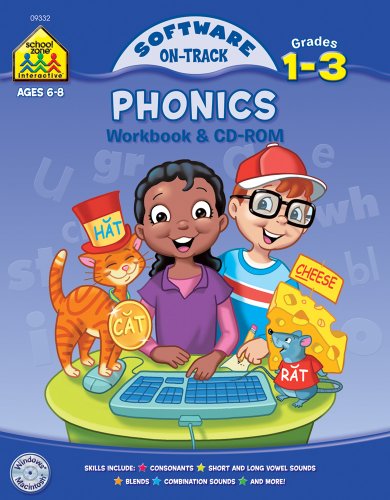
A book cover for Phonics 1-3 (On Track Software); School Zone Interactive Staff; Children's Books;